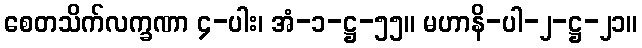
စေတသိက်လက္ခဏာ ၄-ပါး၊ အံ-၁-ဋ္ဌ-၅၅။ မဟာနိ-ပါ-၂-ဋ္ဌ-၂၁။